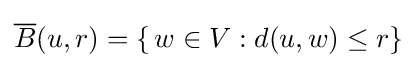
{\overline {B}}(u,r)=\{\,w\in V:d(u,w)\leq r\}